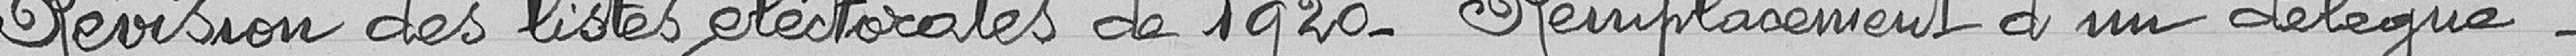
Révision des listes électorales de 1920 - Remplacement d'un délégué